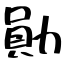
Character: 勛